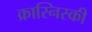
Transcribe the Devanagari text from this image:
क्रास्निस्की